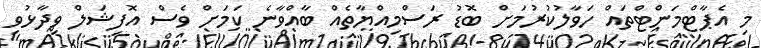
މި އެޕާޓްމަންޓްތައް ހަވާލުކުރުމަށް ބޮޑު ރަސްމިއްޔާތެއް ބާއްވާނެ ކަމަށް ވެސް އޮފިޝަލް ވިދާޅުވި